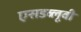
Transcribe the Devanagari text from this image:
एसडब्लूवी